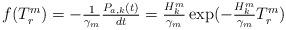
LaTeX: \begin{align*}\begin{array}{l} f(T_r^m) = -\frac{1}{\gamma_m}\frac{P_{a,k}(t)}{dt} = \frac{H_k^m}{\gamma_m}\exp(-\frac{H_k^m}{\gamma_m}T_r^m)\end{array}\end{align*}